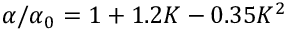
{ \alpha } / { \alpha _ { 0 } } = 1 + 1 . 2 K - 0 . 3 5 K ^ { 2 }